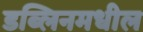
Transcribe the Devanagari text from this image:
डब्लिनमधील